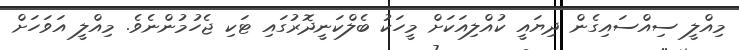
މިއްލީ ސިއްސައިގެން ދިޔައީ ކުއްލިއަކަށް މީހަކު ބެލްކަނީދޮރުގައި ޓަކި ޖެހުމުންނެވެ. މިއްލީ އަވަހަށް